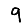
Digit: 9